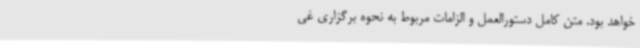
خواهد بود. متن کامل دستورالعمل و الزامات مربوط به نحوه برگزاری غی